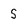
Character: S